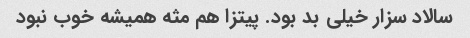
سالاد سزار خیلی بد بود. پیتزا هم مثه همیشه خوب نبود